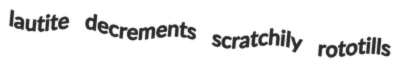
lautite decrements scratchily rototills